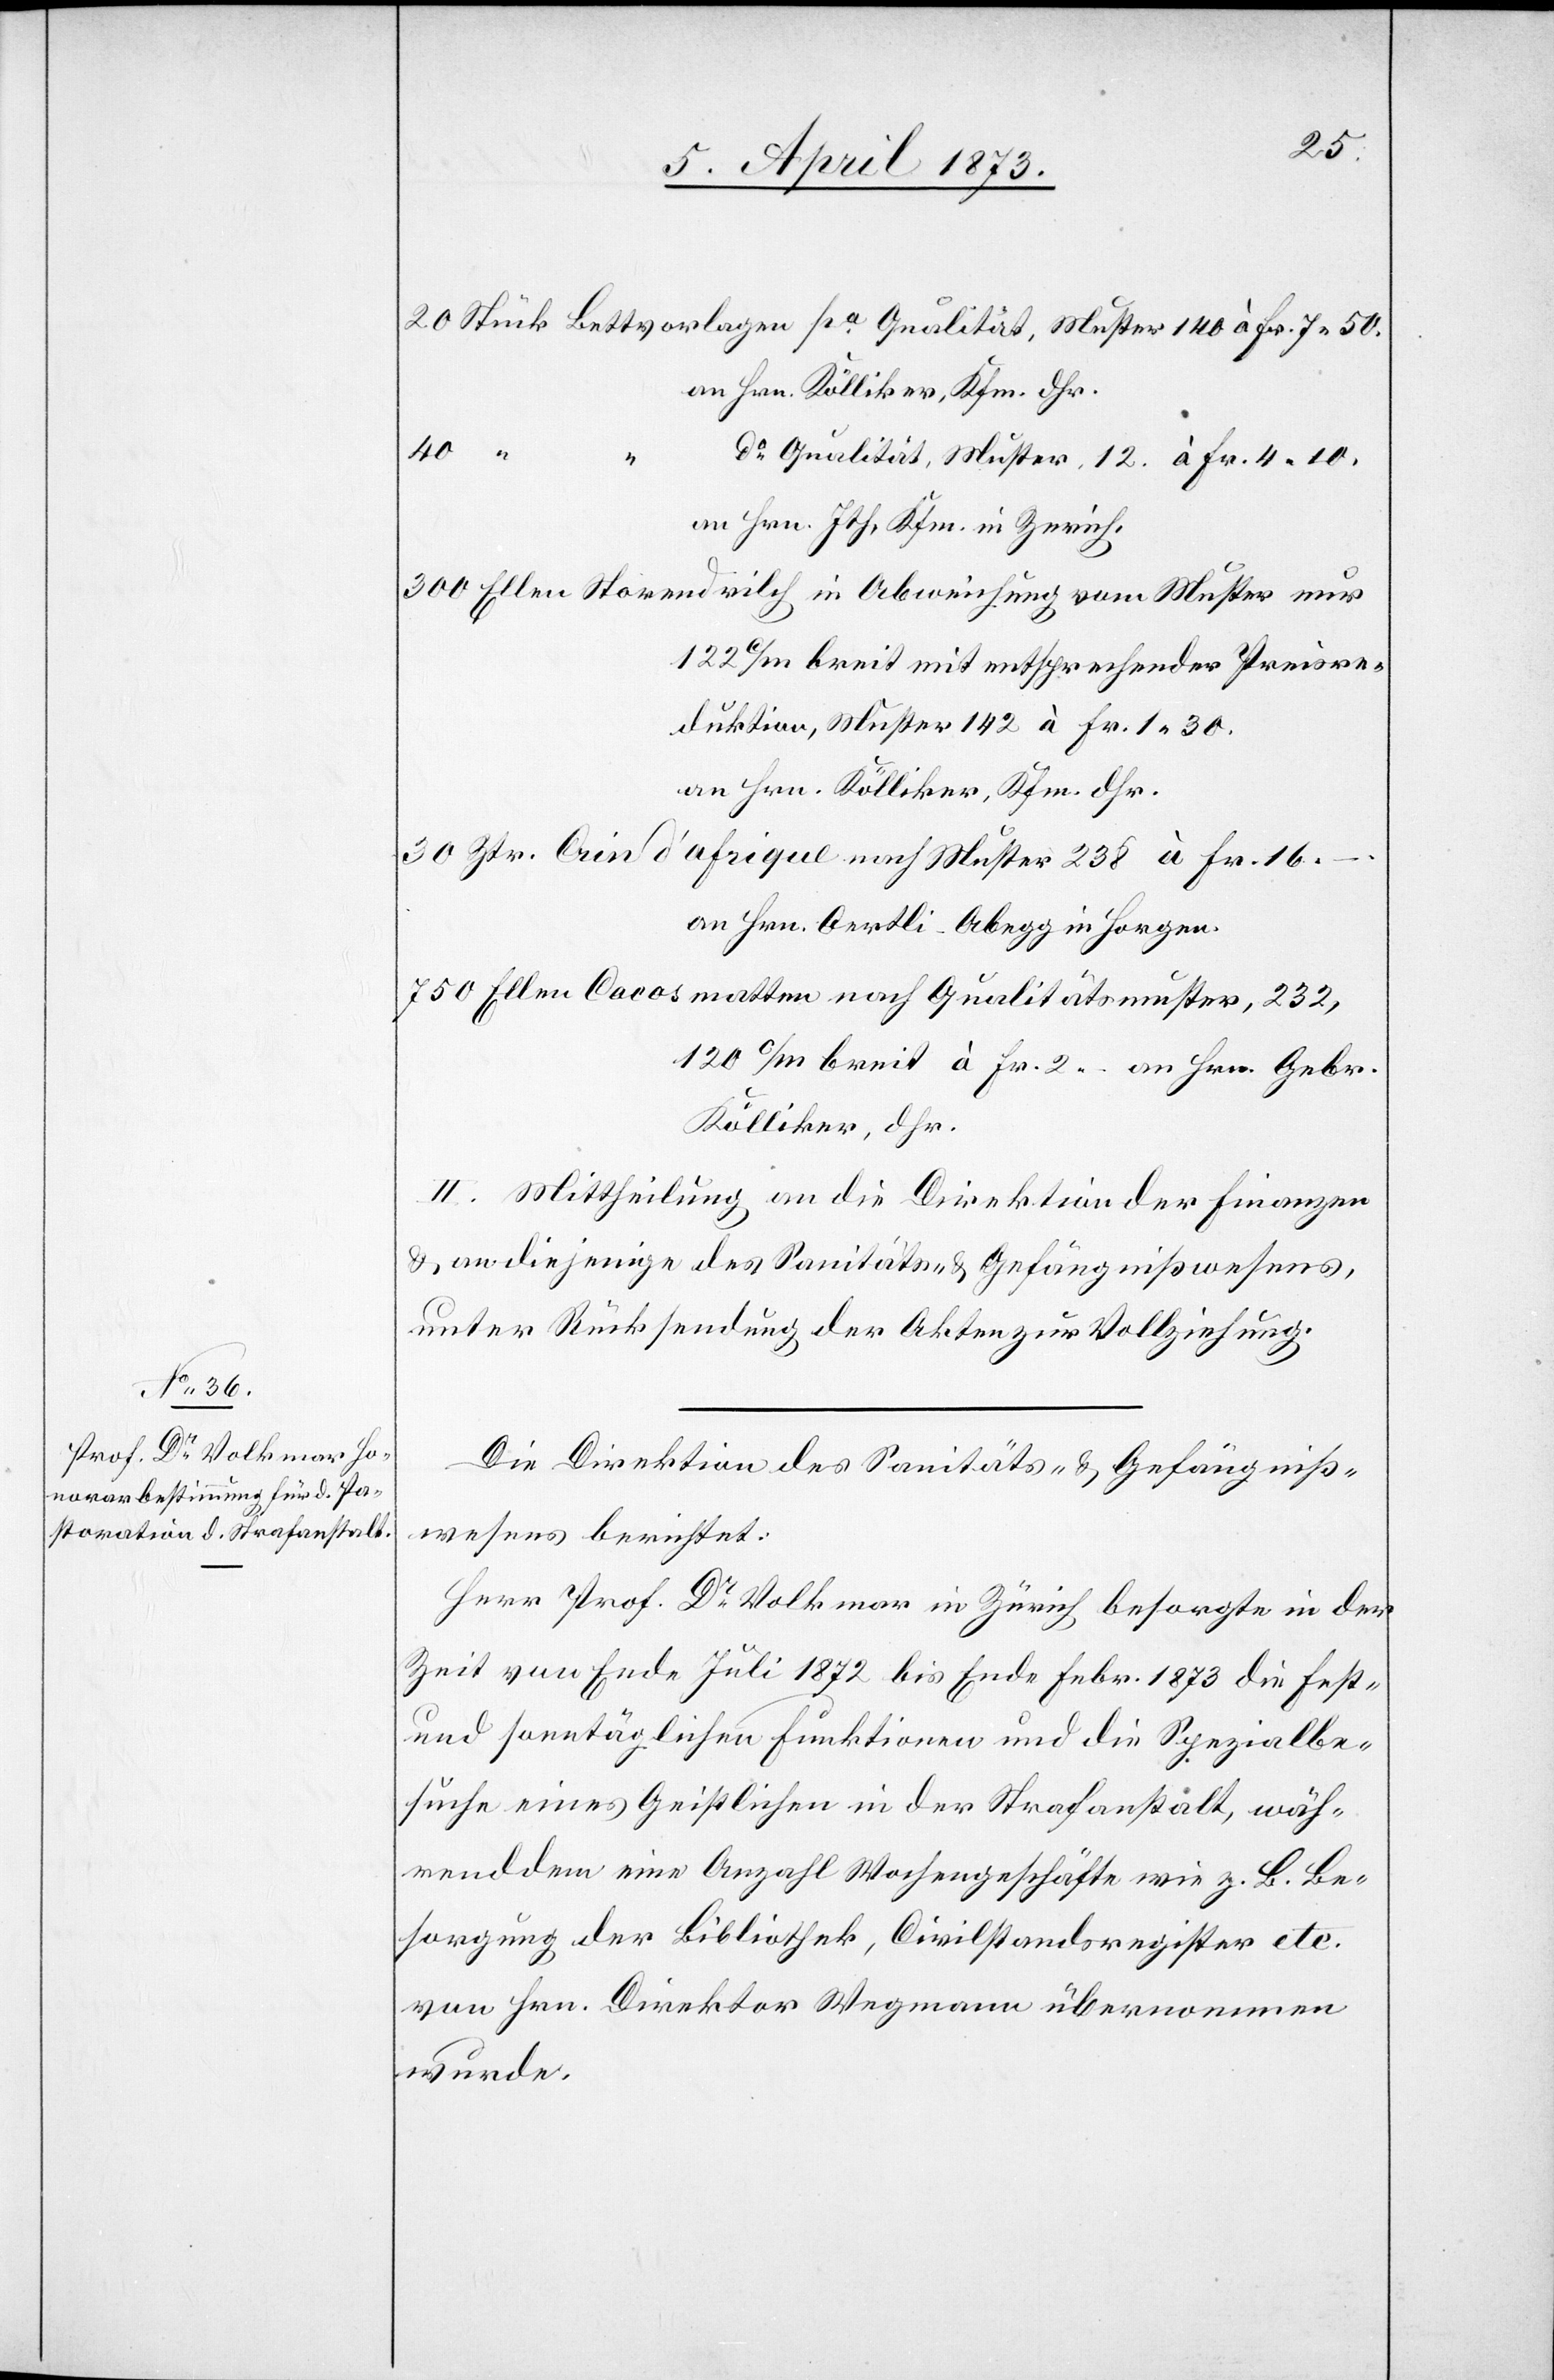
Fr. 16.

an Hrn Kölliker, Kfm. dhr.
40
“
do Qualität, Muster 12. à Fr. 4. 10.
an Hrn Jth. Kfm. in Zerich
122 c/m breit mit entsprechender Preisre¬
duktion, Muster 142 à Fr. 1. 30.
an Hrn. Kölliker, Kfm. dhr.
an Hrn. Oertli-Abegg in Horgen.
Kölliker, dhr.
II. Mittheilung an die Direktion der Finanzen
u. an diejenige des Sanitäts- u. Gefängnißwesens,
unter Rücksendung der Akten zur Vollziehung.
Die Direktion des Sanitäts- u. Gefängniß¬
wesens berichtet:
Herr Prof. Dr Volkmar in Zürich besorgte in der
Zeit von Ende Juli 1872 bis Ende Febr. 1873 die fest-
und sonntäglichen Funktionen und die Spezialbe¬
suche eines Geistlichen der Strafanstalt, wäh¬
rend dem eine Anzahl Wochengeschäfte wie z. B. Be¬
sorgung der Bibliothek, Civilstandsregister etc.
von Hrn. Direktor Wegmann übernommen
wurde.